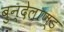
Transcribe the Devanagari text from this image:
बुन्देलाण्ड